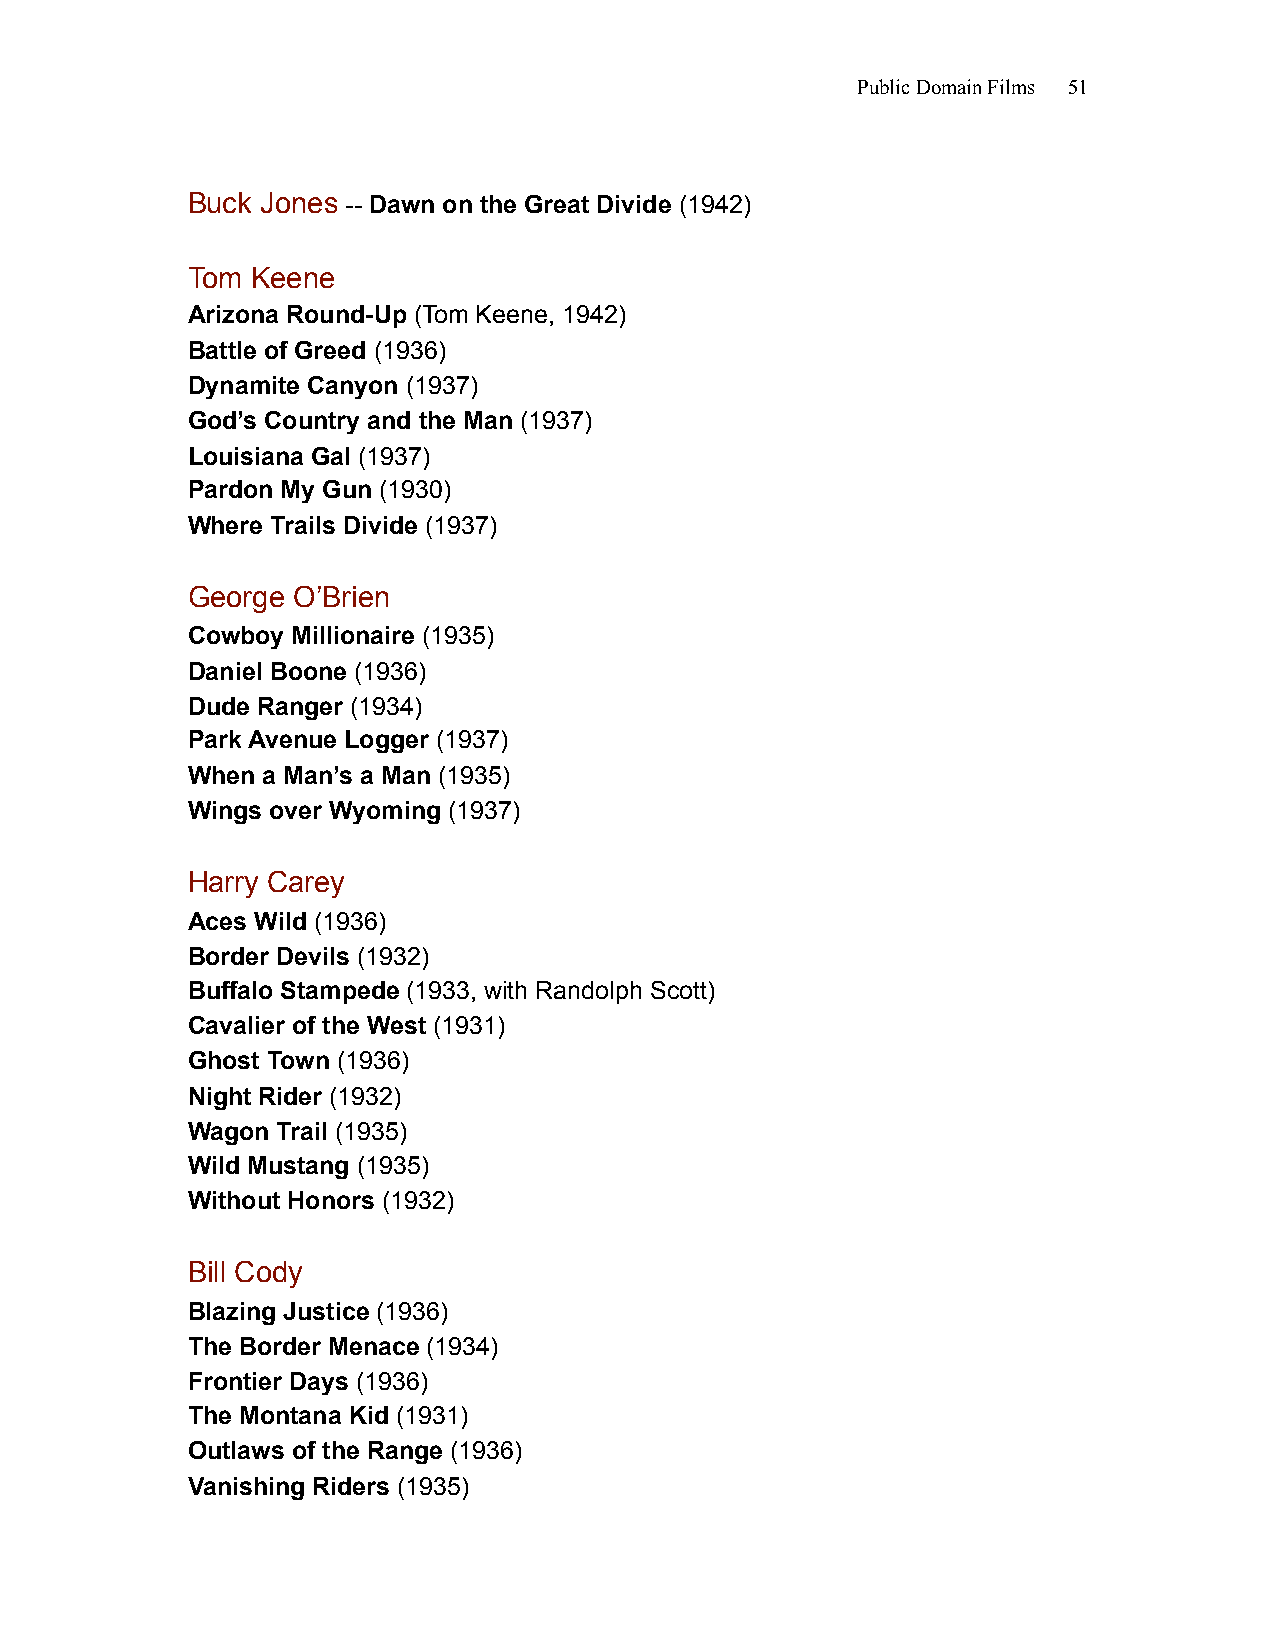
Public Domain Films 51
 Buck Jones -- Dawn on the Great Divide (1942)
 Tom  Keene
 Arizona Round-Up (Tom Keene, 1942)
 Battle of Greed (1936)
 Dynamite Canyon (1937)
 God’s Country and the Man (1937)
 Louisiana Gal (1937)
 Pardon My Gun (1930)
 Where Trails Divide (1937)
 George O’Brien
 Cowboy Millionaire (1935)
 Daniel Boone (1936)
 Dude Ranger (1934)
 Park Avenue Logger (1937)
 When a Man’s a Man (1935)
 Wings over Wyoming (1937)
 Harry Carey
 Aces Wild (1936)
 Border Devils (1932)
 Buffalo Stampede (1933, with Randolph Scott)
 Cavalier of the West (1931)
 Ghost Town (1936)
 Night Rider (1932)
 Wagon Trail (1935)
 Wild Mustang (1935)
 Without Honors (1932)
 Bill Cody
 Blazing Justice (1936)
 The Border Menace (1934)
 Frontier Days (1936)
 The Montana Kid (1931)
 Outlaws of the Range (1936)
 Vanishing Riders (1935)